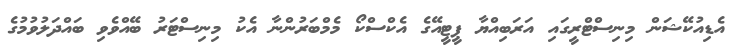
އެޑިއުކޭޝަން މިނިސްޓްރީގައި އަރަބިއްޔާ ޕީޓީއޭގެ އެކްސްކޯ މެމްބަރުންނާ އެކު މިނިސްޓަރު ބޭއްވެވި ބައްދަލުވުމުގެ